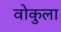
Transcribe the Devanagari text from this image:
वोकुला